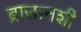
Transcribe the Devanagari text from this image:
ब्राऊनशी